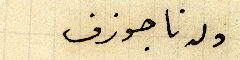
ولدنا جوزف